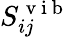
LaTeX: S_{ij}^{\mathrm{~v~i~b~}}